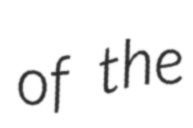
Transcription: of the